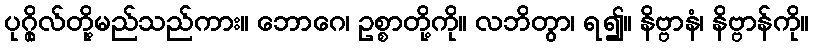
ပုဂ္ဂိုလ်တို့မည်သည်ကား။ ဘောဂေ၊ ဥစ္စာတို့ကို။ လဘိတွာ၊ ရ၍။ နိဗ္ဗာနံ၊ နိဗ္ဗာန်ကို။